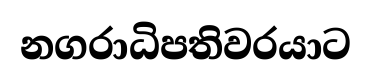
නගරාධිපතිවරයාට